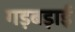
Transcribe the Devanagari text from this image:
गड़बड़ाई